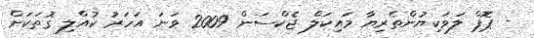
- ޕޮޕް ލަވަކިޔުންތެރިޔާ މައިކަލް ޖެކްސަން 2009 ވަނަ އަހަރު ކުއްލި ގޮތަކަށް